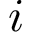
i